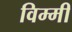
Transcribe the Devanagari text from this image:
विम्मी